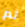
ثم